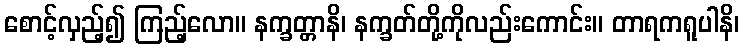
စောင့်လှည့်၍ ကြည့်လော။ နက္ခတ္တာနိ၊ နက္ခတ်တို့ကိုလည်းကောင်း။ တာရကရူပါနိ၊